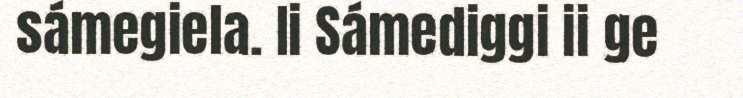
sámegiela. Ii Sámediggi ii ge